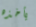
يأخذه